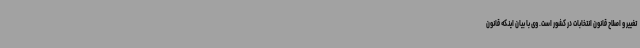
تغییر و اصلاح قانون انتخابات در کشور است. وی با بیان اینکه قانون